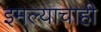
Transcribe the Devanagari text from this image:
इमल्याचाही